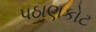
પઠાણકોટ